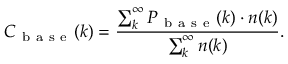
C _ { \mathrm { ~ b ~ a ~ s ~ e ~ } } ( k ) = \frac { \sum _ { k } ^ { \infty } P _ { \mathrm { ~ b ~ a ~ s ~ e ~ } } ( k ) \cdot n ( k ) } { \sum _ { k } ^ { \infty } n ( k ) } .